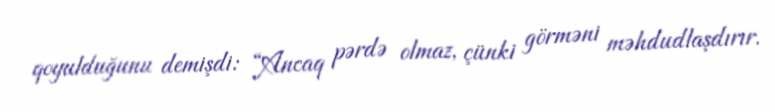
qoyulduğunu demişdi: “Ancaq pərdə olmaz, çünki görməni məhdudlaşdırır.